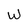
Character: W